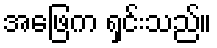
အဖြေက ရှင်းသည်။